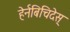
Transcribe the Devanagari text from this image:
हेर्नबिचिदेस्